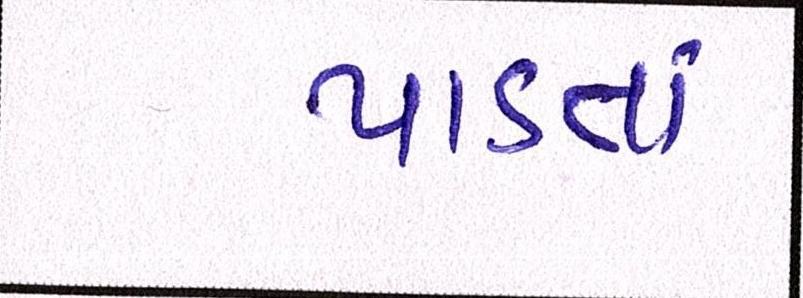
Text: પાડતાં